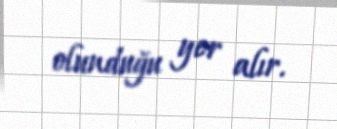
olunduğu yer alır.